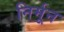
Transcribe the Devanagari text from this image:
निर्मून